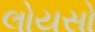
લોયસો